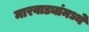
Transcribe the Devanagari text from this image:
मारवाड्यांमध्ये